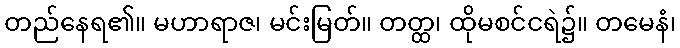
တည်နေရ၏။ မဟာရာဇ၊ မင်းမြတ်။ တတ္ထ၊ ထိုမစင်ငရဲ၌။ တမေနံ၊